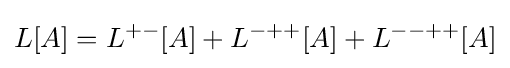
L[A]=L^{+-}[A]+L^{-++}[A]+L^{--++}[A]